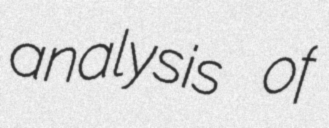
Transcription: analysis of